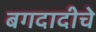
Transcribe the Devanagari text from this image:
बगदादीचे